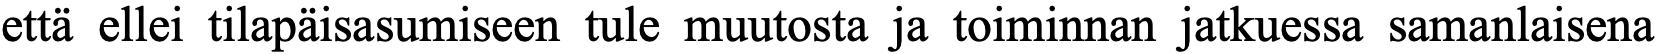
että ellei tilapäisasumiseen tule muutosta ja toiminnan jatkuessa samanlaisena